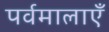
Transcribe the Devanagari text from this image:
पर्वमालाएँ